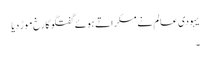
یہودی عالم نے مسکراتے ہوئے گفتگو کا رخ موڑ دیا
۔